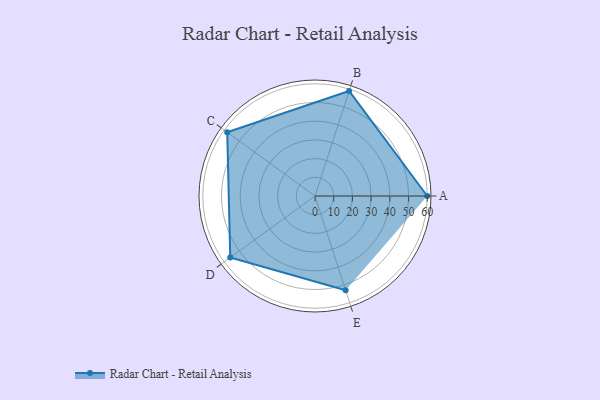
{"axis": {"x": "Skill", "y": "Score"}, "legend": ["Profile"], "data": [{"x": "A", "y": 60.0, "type": "Profile"}, {"x": "B", "y": 59.0, "type": "Profile"}, {"x": "C", "y": 58.0, "type": "Profile"}, {"x": "D", "y": 56.0, "type": "Profile"}, {"x": "E", "y": 53.0, "type": "Profile"}]}